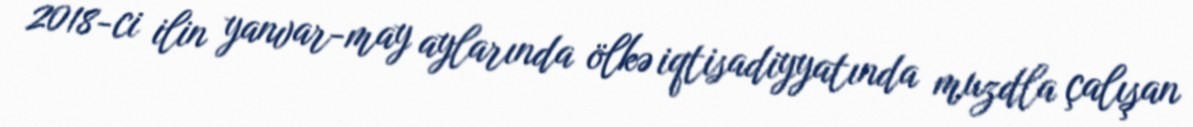
2018-ci ilin yanvar-may aylarında ölkə iqtisadiyyatında muzdla çalışan